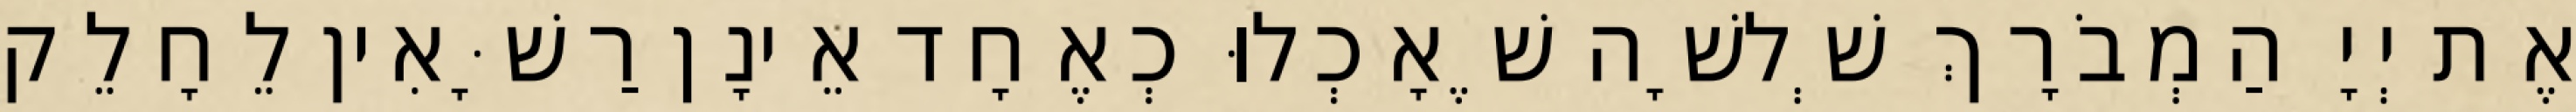
אֶת יְיָ הַמְבֹרָךְ שְׁלשָׁה שֶׁאָכְלוּ כְאֶחָד אֵינָן רַשָּׁאִין לֵחָלֵק